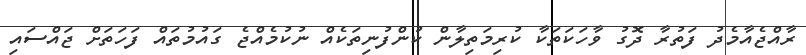
ރާއްޖެއާމެދު ފަތުރާ ދޮގު ވާހަކަތަކާ ކުރިމަތިލާން ކުންފުނިތަކެއް ނުކުމެއްޖެ ގައުމުތައް ފަހަތަށް ޖައްސައި